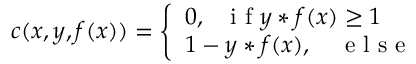
c ( x , y , f ( x ) ) = \left\{ \begin{array} { l l } { 0 , ~ ~ \mathrm { ~ i ~ f ~ } y * f ( x ) \geq 1 } & { } \\ { 1 - y * f ( x ) , \quad \mathrm { ~ e ~ l ~ s ~ e ~ } } \end{array} \quad \right.